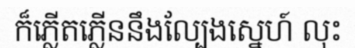
ក៏ភ្លើតភ្លើននឹងល្បែងស្នេហ៍ លុះ